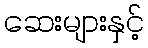
ဆေးများနှင့်